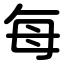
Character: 每